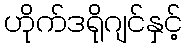
ဟိုက်ဒရိုဂျင်နှင့်